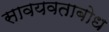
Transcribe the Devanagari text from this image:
सावयवताबोध